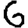
Digit: 6